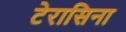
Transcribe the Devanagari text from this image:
टेरासिना